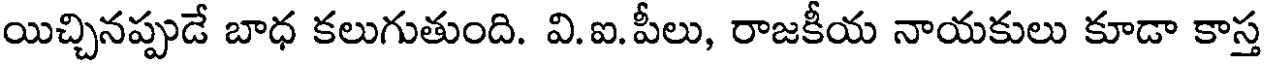
యిచ్చినప్పుడే బాధ కలుగుతుంది. వి.ఐ.పీలు, రాజకీయ నాయకులు కూడా కాస్త